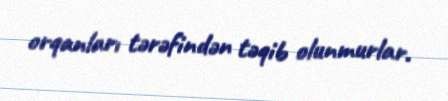
orqanları tərəfindən təqib olunmurlar.